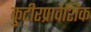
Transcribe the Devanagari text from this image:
कुटीरप्रावेशिक